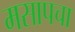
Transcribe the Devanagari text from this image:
मसापचा